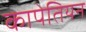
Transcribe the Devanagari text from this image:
कापेतियन